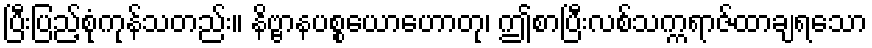
ပြီးပြည့်စုံကုန်သတည်း။ နိဗ္ဗာနပစ္စယောဟောတု၊ ဤစာပြီးလစ်သက္ကရာဇ်ထာချရသော